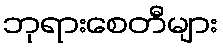
ဘုရားစေတီများ